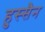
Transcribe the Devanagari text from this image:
हुस्सैन